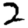
Digit: 2